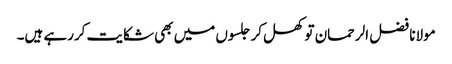
مولانا فضل الرحمان تو کھل کر جلسوں میں بھی شکایت کررہے ہیں۔